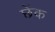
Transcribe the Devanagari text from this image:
छेंक